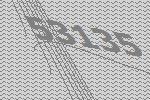
53135